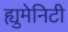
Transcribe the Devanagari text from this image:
ह्युमेनिटी